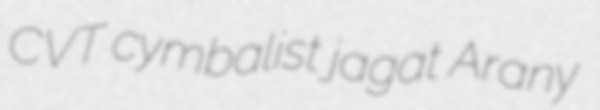
CVT cymbalist jagat Arany